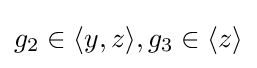
g_{2}\in \langle y,z\rangle ,g_{3}\in \langle z\rangle